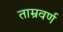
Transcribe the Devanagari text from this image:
ताम्रवर्ण